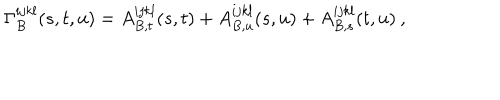
LaTeX: \Gamma _ { B } ^ { i j k l } ( s , t , u ) = A _ { B , t } ^ { i j k l } ( s , t ) + A _ { B , u } ^ { i j k l } ( s , u ) + A _ { B , s } ^ { i j k l } ( t , u ) \: ,